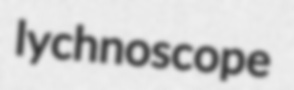
lychnoscope